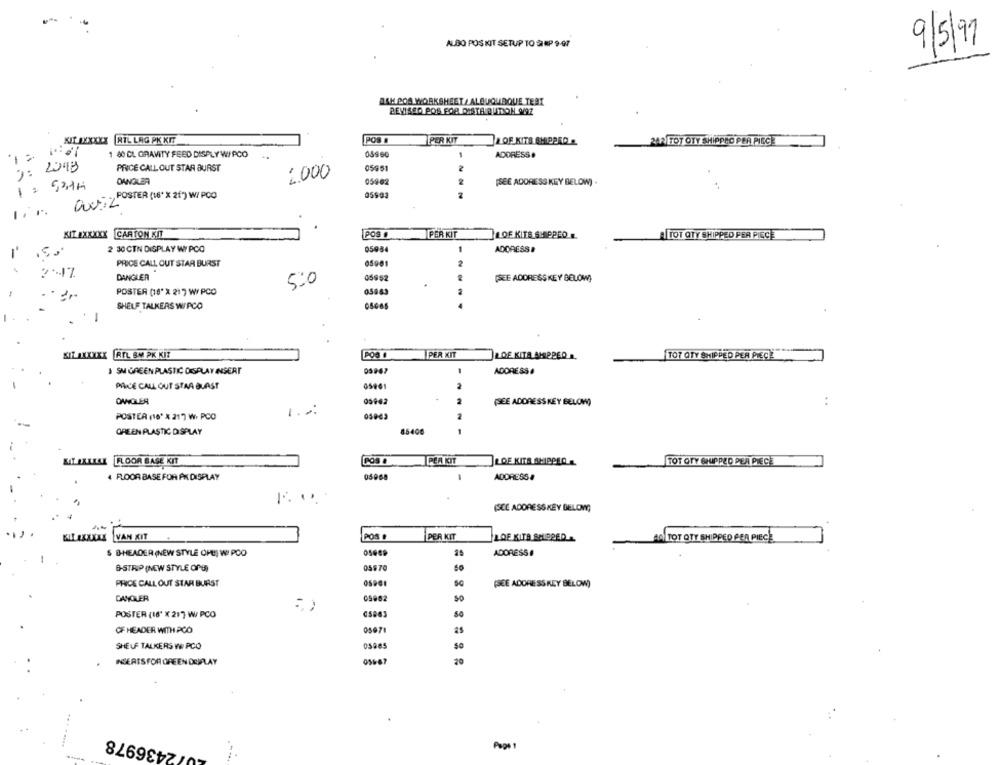
ALBO POS KIT SETUP TO SIRP 9-07
9/5/97
OSM POS WORKSHEET / ALBUQUERQUE TEAT
REVISED POS FOR DISTA BUTTON 9097
KIT EXXXXX
RTL LAG PK KIT
POR #
PER KIT
LOF KITS SHIPPED
2AR TOT OTY SHIPPED PER PIECE
1 80 CL GRAVITY FEED DISPLY WIPCO
03960
ADDRESS .
): 20MB
PRICE CALL OUT STAR BURST
05951
2
2.000
DANGLER
05962
2
[SEE ADDRESS KEY BELOW) .
., POSTER (16" × 21) W/ PCO
05903
KIT #XXXXX CARTON KIT
POS O
PER KIT
LOF KITS SHIPPED ..
ATOT QTY SHIPPED PER PIECE
2 30 CTN DISPLAY WY PCO
05984
ADDRESS #
PRICE CALL OUT STAR BURST
05001
DANGLER
5:0
05952
2
(SEE ADDRESSKEY BELOW)
05863
POSTER (16" X 21 ] W/ PCO
SHELF TALKERS WIPCO
KIL AXXXXX RIL BM PK KIZ
POS #
PER KIT
LOE KITA SHIPPER A.
TOT QTY SHIPPED PER PIECE
3 SM GREEN PLASTIC DISPLAY INSERT
05947
ADDRESS
PACE CALL OUT STAA BLAST
05461
OWOLER
05002
(SEE ADDRESS KEY BELOW)
1.2:
POSTER (16" × 217 W. PCO
GREEN PLASTIC DISPLAY
85400
1
MILIXLLAL FLOOR BASE KIT
PEA KIT
LOE KITS SHIPPED ..
TOT OTY GHUPPED PER PIECE
4 FLOOR BASE FOR AK DISPLAY
ADDRESS &
(SCE ADDRESS KEY BELOWY)
VAN KIT
POS .
PER KIT
LOE KITA SHIPPED ..
AO TOT OTY SHIPPED PER PIECE
S BHEADER (NEW STYLE OFE) WI PCO
ADDRESS !
B-STRIP (NEW STYLE OPG)
05970
PRICE CALL OUT STAR BURST
(SEE ADDRESS KEY BELOW)
DANOLER
05862
(5863
POSTER (16" X 217 W/ PCO
50
OF HEADER WITH PCO
05671
SHELF TALKERS VO PCO
05885
INSERTS FOR GREEN DEIPLAY
20
.
12436978
--